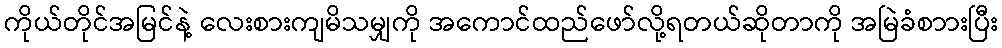
ကိုယ်တိုင်အမြင်နဲ့ လေးစားကျမိသမျှကို အကောင်ထည်ဖော်လို့ရတယ်ဆိုတာကို အမြဲခံစာားပြီး